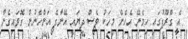
އެ ގްރޫޕުގައި ހިމެނޭ އެހެން މީހަކު ވެސް ދިޔައީ އޭނާގެ އަންހެނުން ގޮވައިގެން